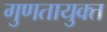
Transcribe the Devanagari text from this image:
गुणतायुक्त